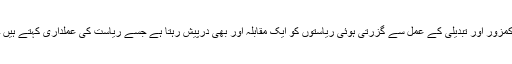
کمزور اور تبدیلی کے عمل سے گزرتی ہوئی ریاستوں کو ایک مقابلہ اور بھی درپیش رہتا ہے جسے ریاست کی عملداری کہتے ہیں ۔